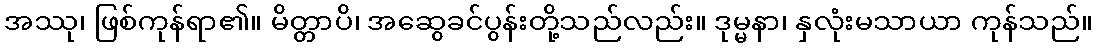
အဿု၊ ဖြစ်ကုန်ရာ၏။ မိတ္တာပိ၊ အဆွေခင်ပွန်းတို့သည်လည်း။ ဒုမ္မနာ၊ နှလုံးမသာယာ ကုန်သည်။